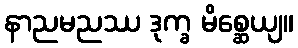
နာညမညဿ ဒုက္ခ မိစ္ဆေယျ။